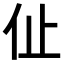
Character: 𠇈